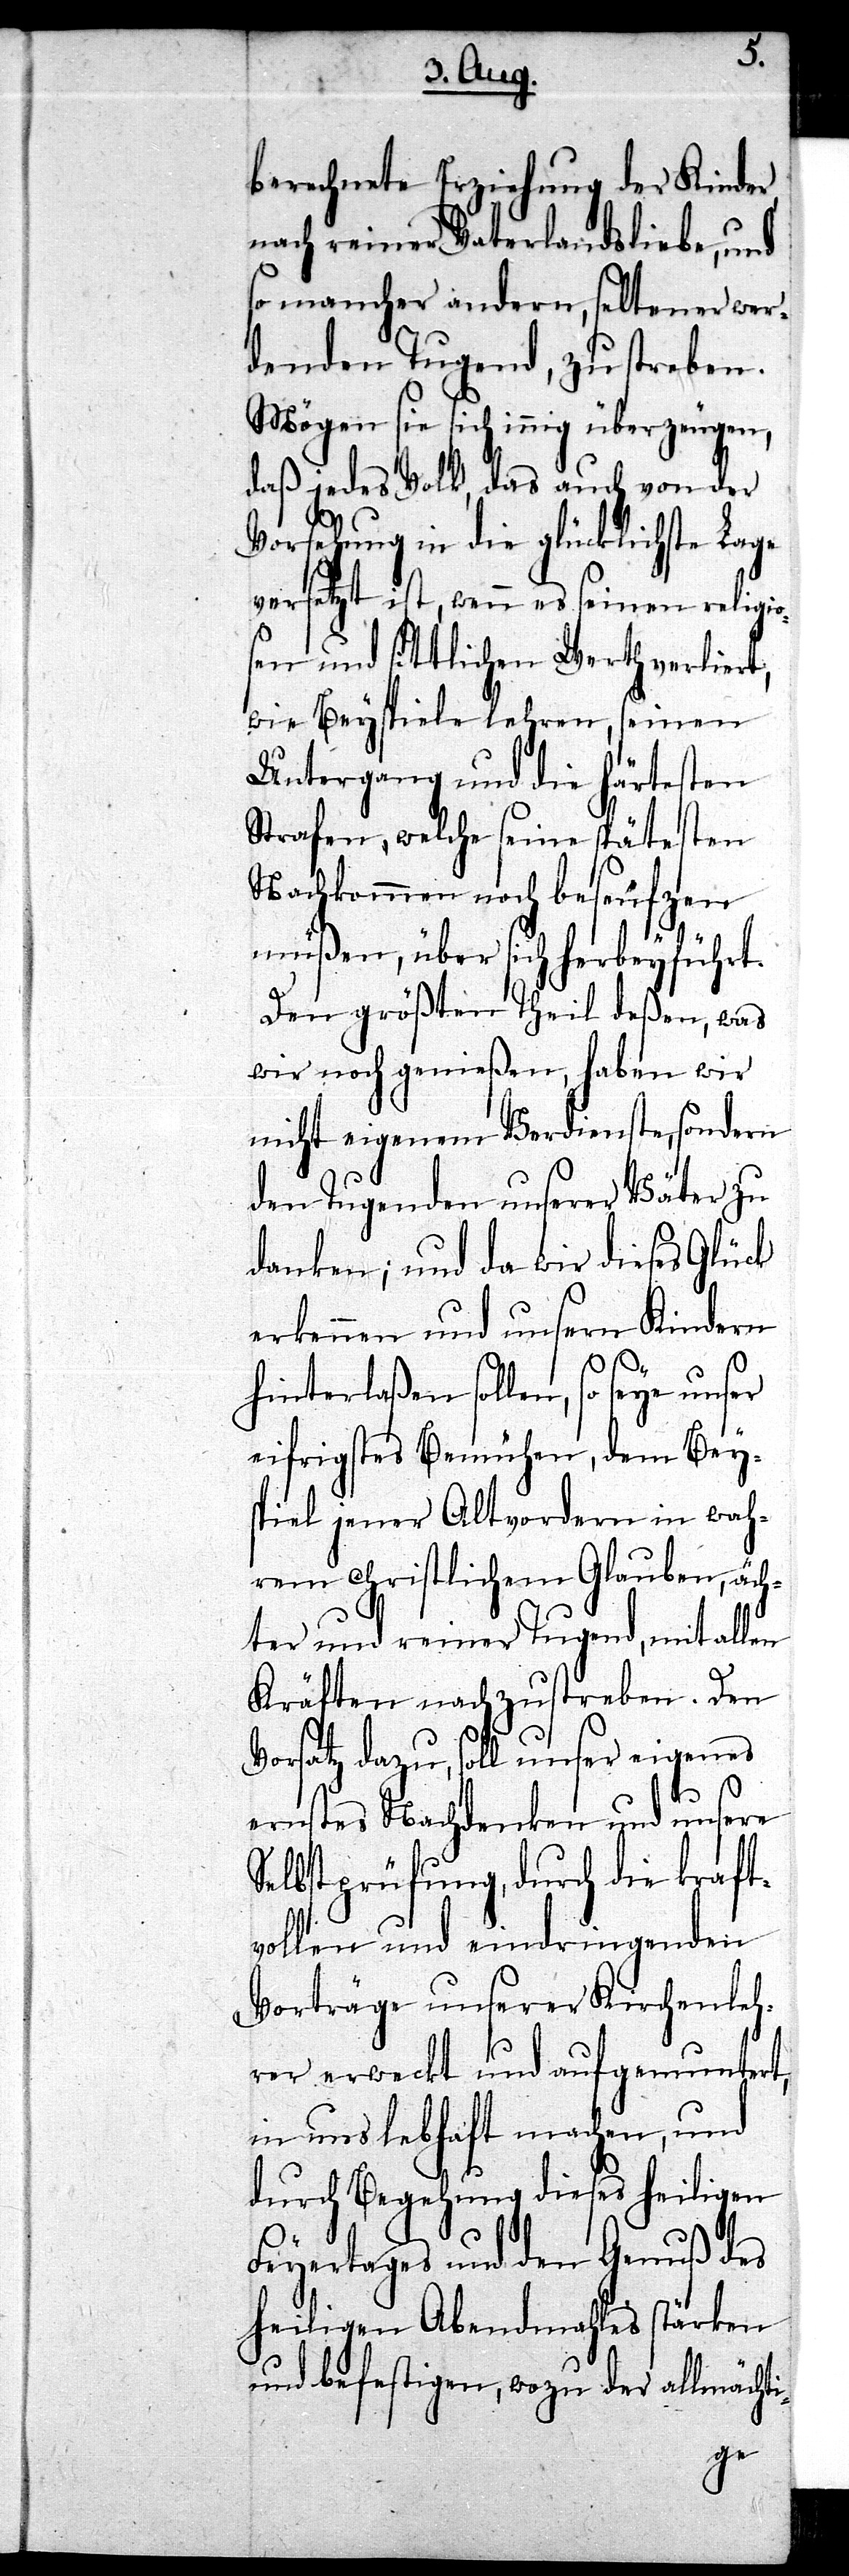
berechnete Erziehung der Kinder,
nach reiner Vaterlandsliebe, und
so mancher andern, seltener wer¬
denden Tugend, zu streben.
Mögen sie sich innig überzeugen,
daß jedes Volk, das auch von der
Vorsehung in die glücklichste Lage
versetzt ist, wenn es seinen religio¬
sen und sittlichen Werth verliert,
wie Beyspiele lehren, seinen
Untergang und die härtesten
Strafen, welche seine spätesten
Nachkommen noch beseufzen
müßen, über sich herbeyführt.
Den größten Theil deßen, was
wir noch genießen, haben wir
nicht eigenen Verdiensten, sondern
den Tugenden unserer Väter zu
danken; und da wir dieses Glück
erkennen und unsern Kindern
hinterlaßen sollen, so seye unser
eifrigstes Bemühen, dem Bey¬
spiel jener Altvordern ein wach¬
em christlichem Glauben, äch¬
ter und reiner Tugend, mit allen
Kräften nachzustreben. Den
Vorsatz dazu, soll unser eigenes
ernstes Nachdenken und unsere
Selbstprüfung, durch die kraft¬
vollen und eindringenden
Vorträge unserer Kirchenleh¬
rer erweckt und aufgemuntert,
in uns lebhaft machen, und
durch Begehung dieses heiligen
Feyertages und den Genuß des
heiligen Abendmahles stärken
und befestigen, wozu der allmächti-